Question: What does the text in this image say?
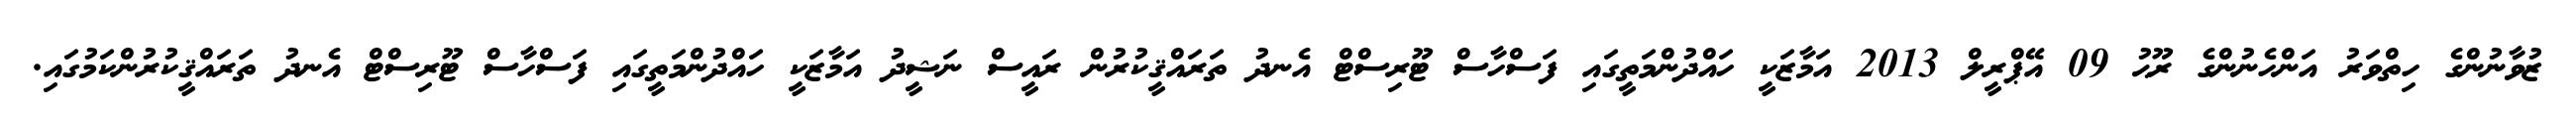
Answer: ޒުވާނުންގެ ހިތްވަރު އަންހެނުންގެ ރޫޙު 09 އޭޕްރީލް 2013 އަމާޒަކީ ހައްދުންމަތީގައި ފަސްހާސް ޓޫރިސްޓް އެނދު ތަރައްޤީކުރުން ރައީސް ނަޝީދު އަމާޒަކީ ހައްދުންމަތީގައި ފަސްހާސް ޓޫރިސްޓް އެނދު ތަރައްޤީކުރުންކަމުގައި.